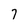
Character: 7